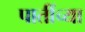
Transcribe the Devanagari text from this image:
पातींच्या